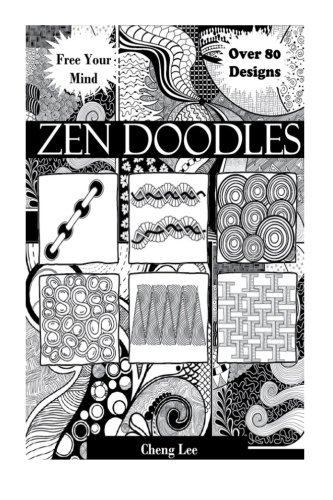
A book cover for ZenDoodles; Cheng Lee; Arts & Photography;